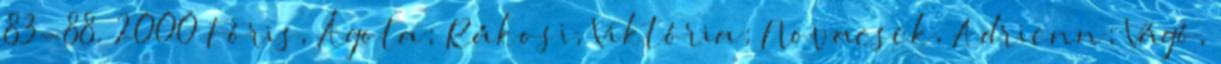
83-88. 2000 Fóris, Ágota; Rákosi, Viktória; Novacsek, Adrienn; Vágó,